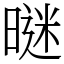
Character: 𣉢